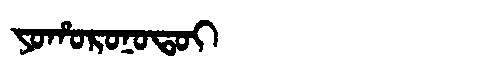
Manchu: ᠶᠣᡥᠣᡵᠣᠨᠣᡨᠣᡳ
Romanization: YOHORONOTOI